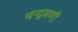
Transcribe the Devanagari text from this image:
चन्द्रमणी